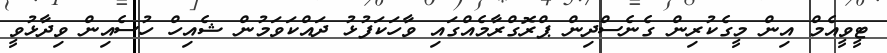
ޓީވީއެމް އިން މީގެކުރިން ގެނެސްދިން ޕްރޮގްރާމެއްގައި ވާހަކަފުޅު ދައްކަވަމުން ޝެއިހް ހުސެއިން ވިދާޅުވީ